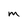
Character: M